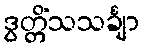
ဒွတ္တိံသသင်္ချာ